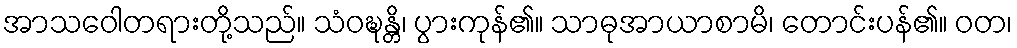
အာသဝေါတရားတို့သည်။ သံဝဍ္ဎန္တိ၊ ပွားကုန်၏။ သာဓုအာယာစာမိ၊ တောင်းပန်၏။ ဝတ၊